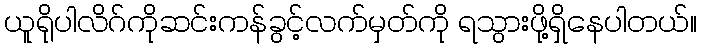
ယူရိုပါလိဂ်ကိုဆင်းကန်ခွင့်လက်မှတ်ကို ရသွားဖို့ရှိနေပါတယ်။